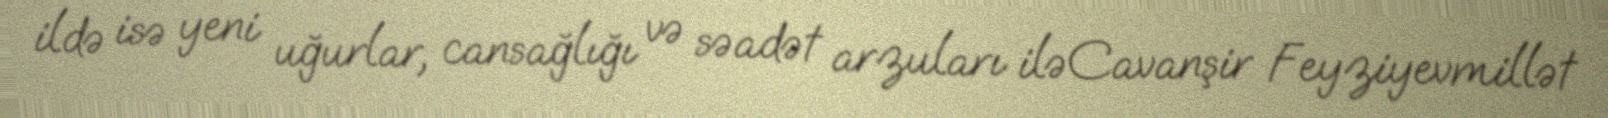
ildə isə yeni uğurlar, cansağlığı və səadət arzuları iləCavanşir Feyziyevmillət